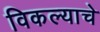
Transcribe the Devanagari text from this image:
विकल्याचे